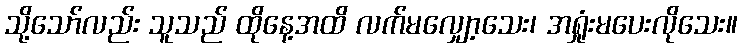
သို့သော်လည်း သူသည် ထိုနေ့အထိ လက်မလျှော့သေး၊ အရှုံးမပေးလိုသေး။